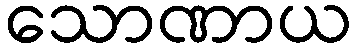
သောဏာယ